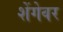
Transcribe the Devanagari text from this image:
शेंगेवर